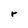
Character: r